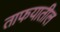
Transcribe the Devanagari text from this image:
ताफयातील